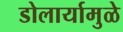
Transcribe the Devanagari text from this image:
डोलार्यामुळे